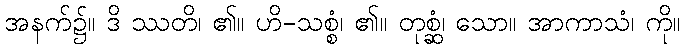
အနက်၌။ ဒိ ဿတိ၊ ၏။ ဟိ-သစ္စံ၊ ၏။ တုစ္ဆံ၊ သော။ အာကာသံ၊ ကို။